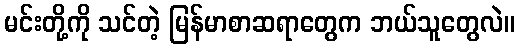
မင်းတို့ကို သင်တဲ့ မြန်မာစာဆရာတွေက ဘယ်သူတွေလဲ။